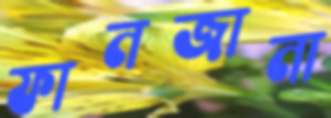
ফানজানা